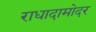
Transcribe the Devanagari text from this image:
राधादामोदर